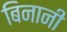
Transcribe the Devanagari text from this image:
बिनानी